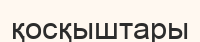
қосқыштары